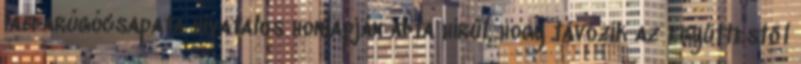
labdarúgócsapata hivatalos honlapján adta hírül, hogy távozik az együttestől